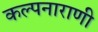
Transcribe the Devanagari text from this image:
कल्पनाराणी